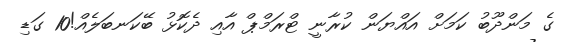
ގެ މަންދޫބު ކަމަށް އައްޔަން ކުރާނީ ޓްރަމްޕް އާއި ދެކޮޅު ބޭކަނބަލެއް!10 ގަޑި